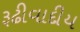
રૂઢીવાદીય